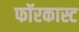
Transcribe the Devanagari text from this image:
फॉरकास्ट